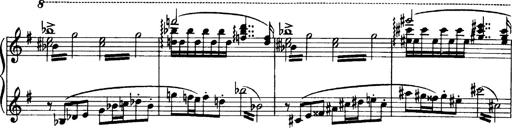
Title: OuvertÃ¼re zu TannhÃ¤user
Composer: Franz Liszt